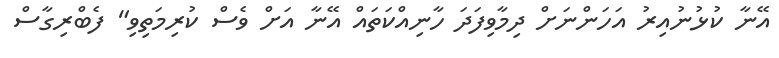
އޭނާ ކުޅުނުއިރު އަހަންނަށް ދިމާވިފަދަ ހާނިއްކަތައް އޭނާ އަށް ވެސް ކުރިމަތިވި" ފެބްރިގާސް